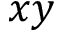
x y